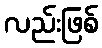
လည်းဖြစ်